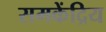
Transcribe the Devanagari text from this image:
समकेंद्रिय